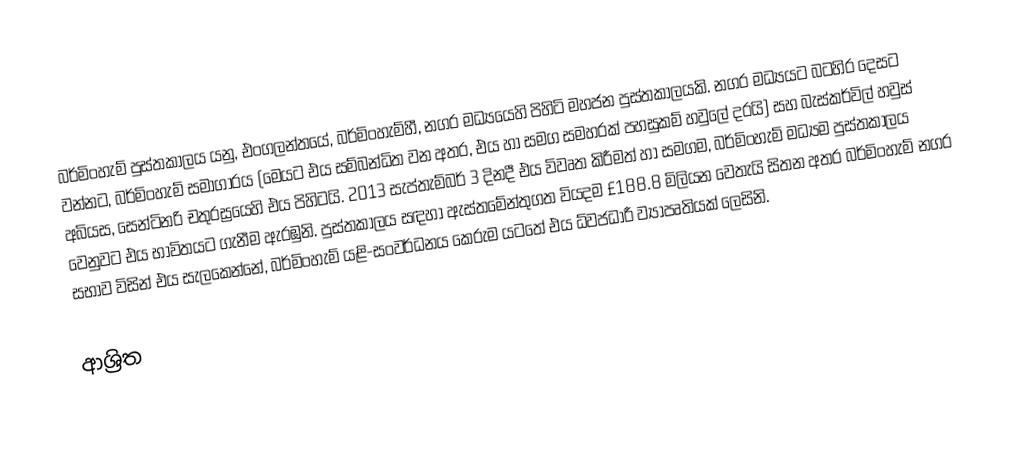
බර්මිංහැම් පුස්තකාලය යනු,  එංගලන්තයේ, බර්මිංහැම්හී, නගර මධ්‍යයෙහි පිහිටි මහජන පුස්තකාලයකි. නගර මධ්‍යයට බටහිර දෙසට වන්නට, බර්මිංහැම් සමාගාරය (මෙයට එය සම්බන්ධිත වන අතර, එය හා සමග සමහරක් පහසුකම් හවුලේ දරයි) සහ  බැස්කර්විල් හවුස් අබියස,  සෙන්ටිනරි චතුරස්‍රයෙහි එය පිහිටයි. 2013 සැප්තැම්බර් 3 දිනදී එය විවෘත කිරීමත් හා සමගම, බර්මිංහැම් මධ්‍යම පුස්තකාලය වෙනුවට එය භාවිතයට ගැනීම ඇරඹුනි. පුස්තකාලය සඳහා ඇස්තමේන්තුගත වියදම £188.8 මිලියන වෙතැයි සිතන අතර  බර්මිංහැම් නගර සභාව විසින් එය සැලකෙන්නේ,  බර්මිංහැම් යළි-සංවර්ධනය කෙරුම යටතේ එය ධ්වජධාරී ව්‍යාපෘතියක් ලෙසිනි.

ආශ්‍රිත